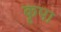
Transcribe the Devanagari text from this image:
कॄपा